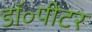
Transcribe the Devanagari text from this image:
डॉ॰पीटर